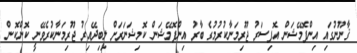
ޤާނޫނުގައި އިންފޮމޭޝަން އޮފިސަރު ޖޫރިމަނާކުރުމުގެ ބާރު އިންފޮމޭޝަން ކޮމިޝަނަރަށް ލިބިދޭއިރު ޖޫރިމަނާކުރެވޭނީ ކޮންކޮން